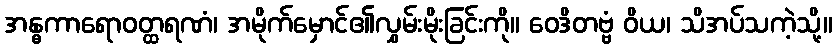
အန္ဓကာရောဝတ္ထရဏံ၊ အမိုက်မှောင်၏လွှမ်းမိုးခြင်းကို။ ဝေဒိတဗ္ဗံ ဝိယ၊ သိအပ်သကဲ့သို့။